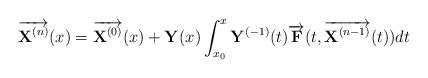
LaTeX: \begin{align*}\overrightarrow{{\bf X}^{(n)}}(x) = \overrightarrow{{\bf X}^{(0)}}(x) +{\bf Y}(x) \int_{x_0}^x{\bf Y}^{(-1)}(t)\overrightarrow{{\bf F}}(t,\overrightarrow{{\bf X}^{(n-1)}}(t))dt\end{align*}